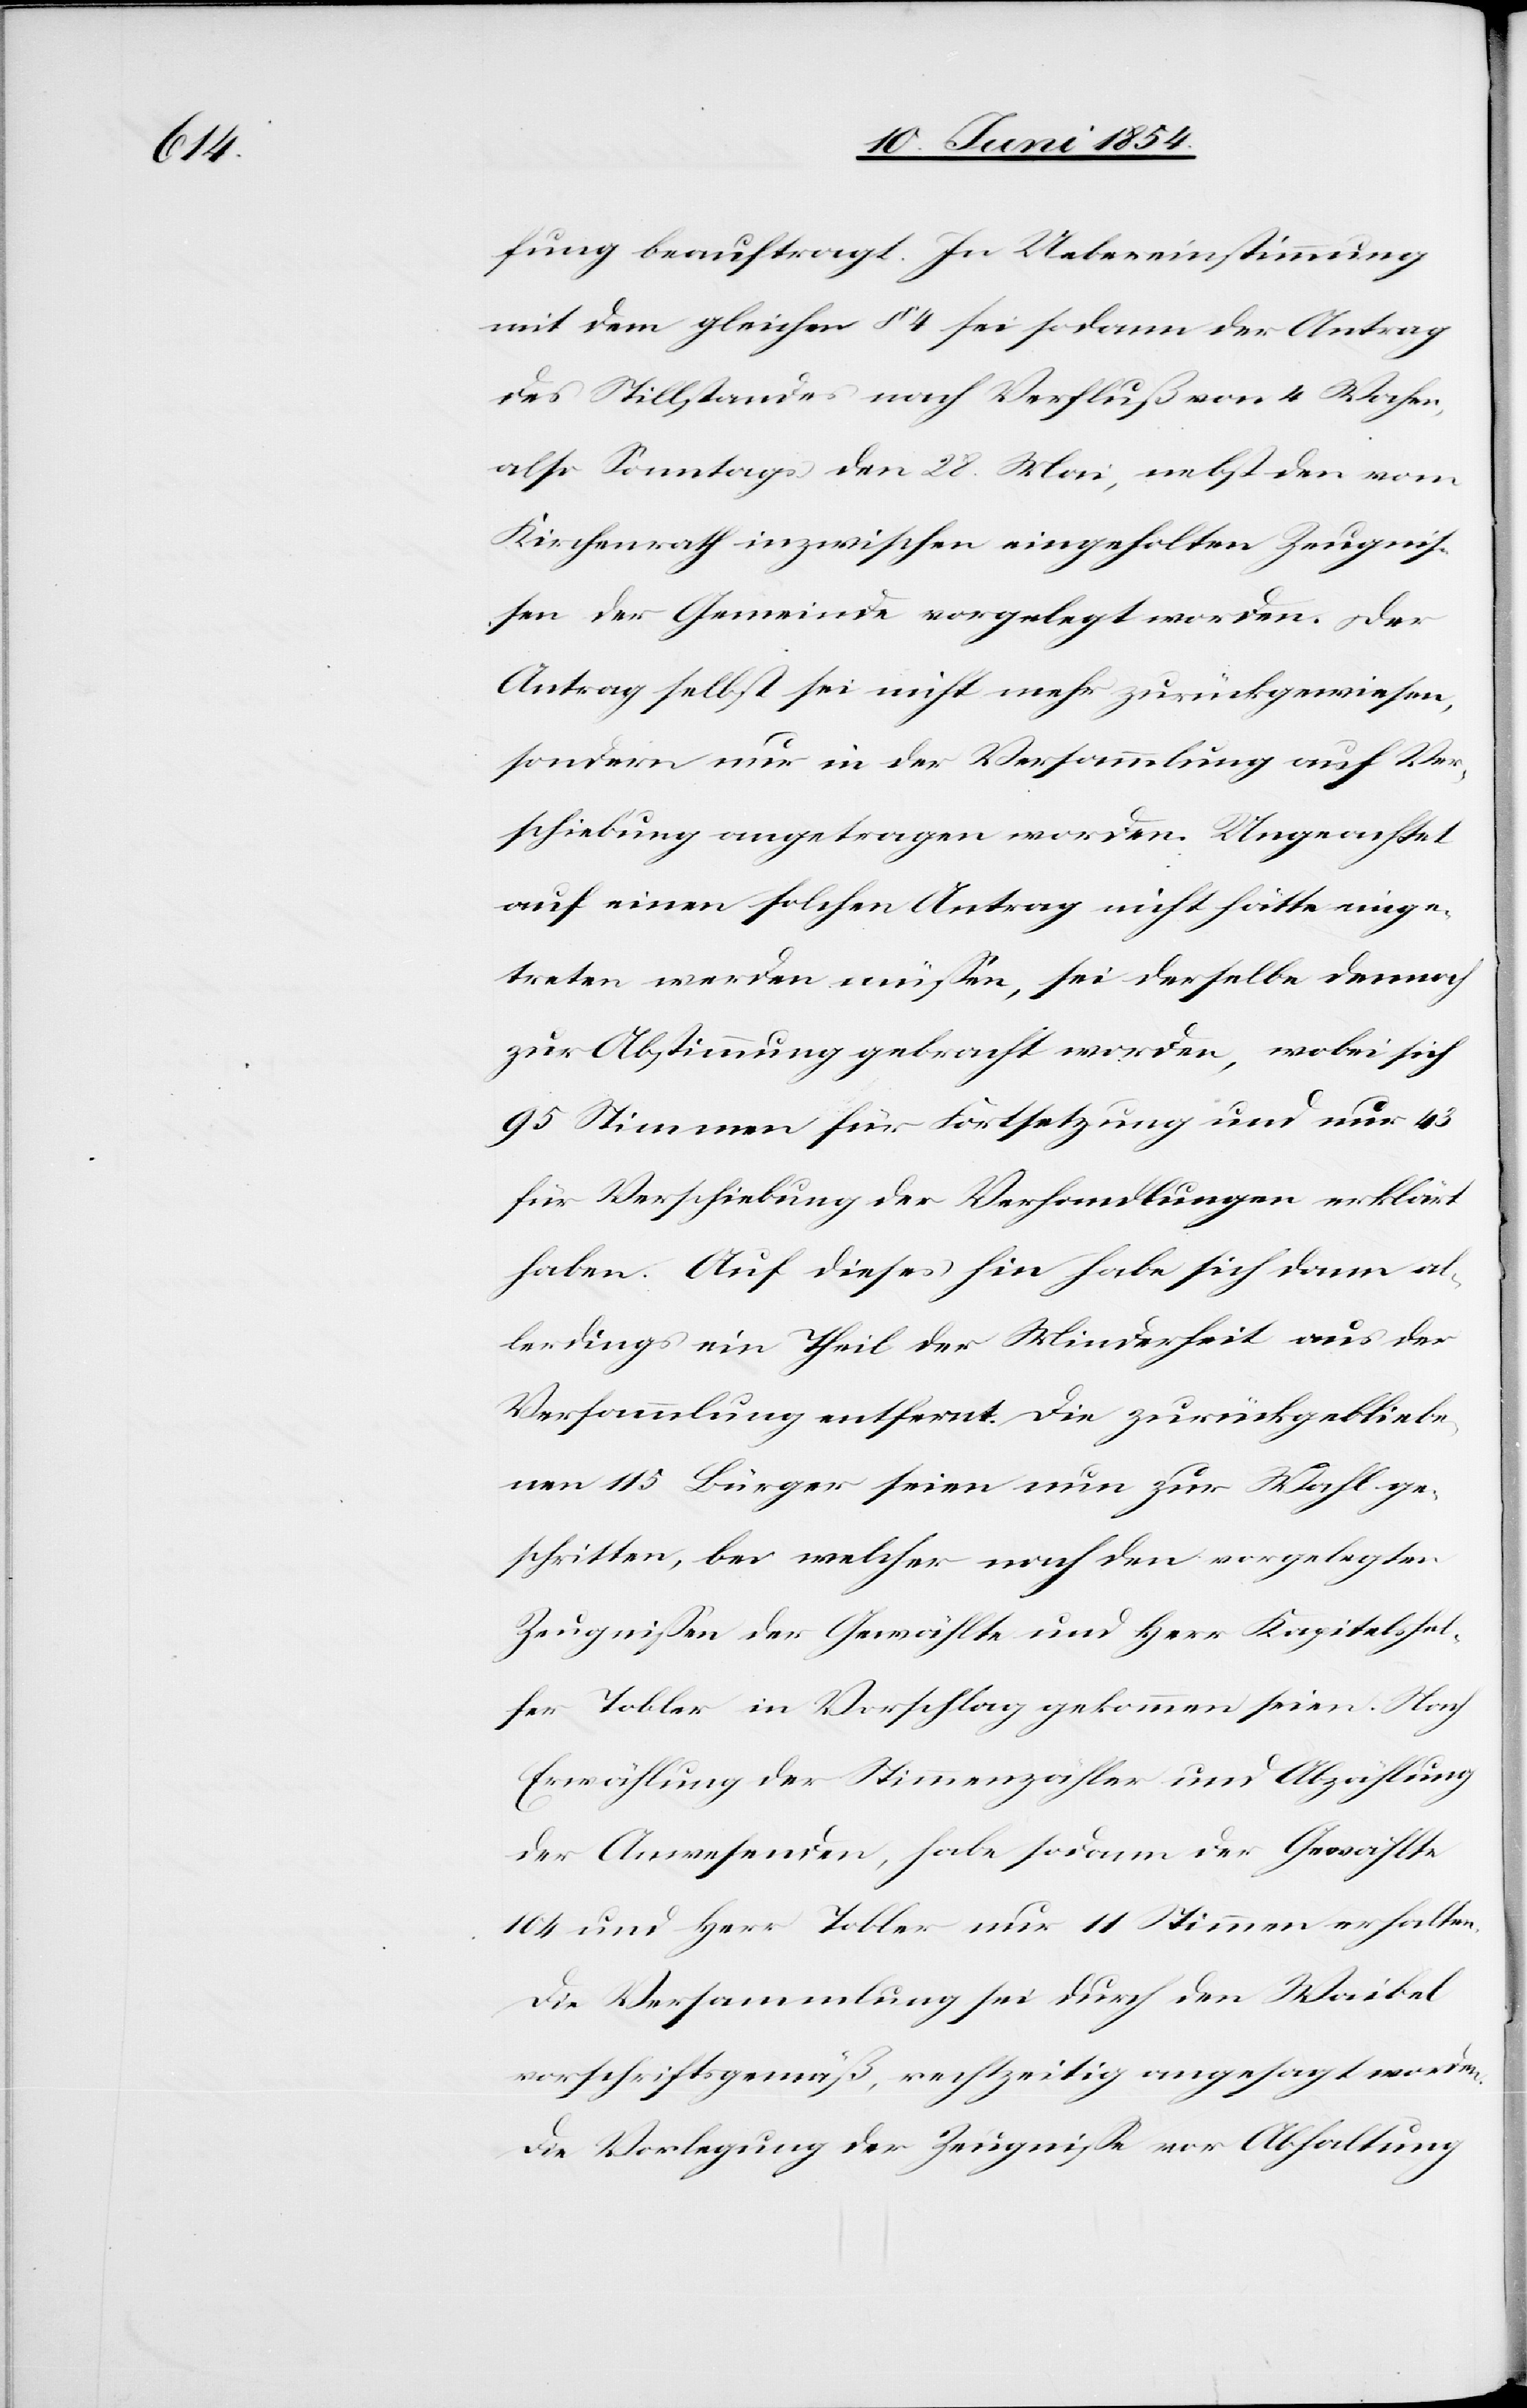
fung beauftragt. In Uebereinstimmung
mit dem gleichen § 4 sei sodann der Antrag
des Stillstandes nach Verfluß von 4 Wochen,
also Sonntags den 28. Mai, nebst den vom
Kirchenrathe inzwischen eingeholten Zeugniß¬
en der Gemeinde vorgelegt worden. Der
Antrag selbst sei nichtmehr zurückgewiesen,
sondern nur in der Versammlung auf Ver¬
schiebung angetragen worden. Ungeachtet
auf einen solchen Antrag nicht hätte einge¬
treten werden müßen, sei derselbe dennoch
zur Abstimmung gebracht worden, wobei sich
95 Stimmen für Fortsetzung und nur 43
für Verschiebung der Verhandlungen erklärt
haben. Auf dieses hin habe sich dann al¬
lerdings ein Theil der Minderheit aus der
Versammlung entfernt. Die zurückgebliebe¬
nen 115 Bürger seien nun zur Wahl ge¬
schritten, bei welcher nach den vorgelegten
Zeugnißen der Gewählte und Herr Kapitelshel¬
fer Tobler in Vorschlag gekommen seien. Nach
Erwählung der Stimmenzähler und Abzählung
der Anwesenden, habe sodann der Gewählte
104 und Herr Tobler nur 11 Stimmen erhalten.
Die Versammlung sei durch den Waibel
vorschriftsgemäß, rechtzeitig angesagt worden.
Die Vorlegung der Zeugniße vor Abhaltung